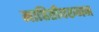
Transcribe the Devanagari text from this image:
माहितीवरुनन